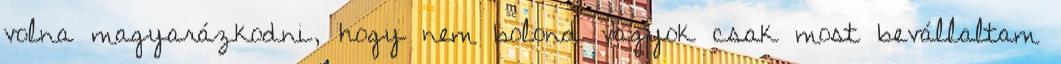
volna magyarázkodni, hogy nem bolond vagyok csak most bevállaltam